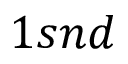
1 s n d